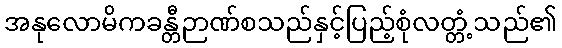
အနုလောမိကခန္တီဉာဏ်စသည်နှင့်ပြည့်စုံလတ္တံ့သည်၏